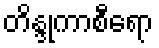
တိန္ဒုကာစီရော